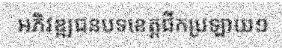
អភិវឌ្ឍជនបទខេត្តជីកប្រឡាយ១